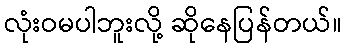
လုံးဝမပါဘူးလို့ ဆိုနေပြန်တယ်။